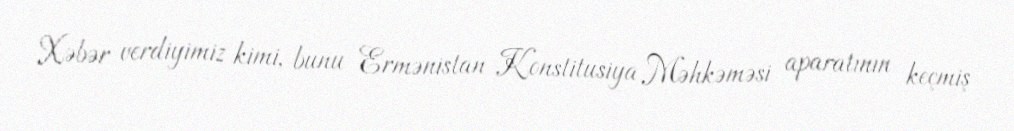
Xəbər verdiyimiz kimi, bunu Ermənistan Konstitusiya Məhkəməsi aparatının keçmiş